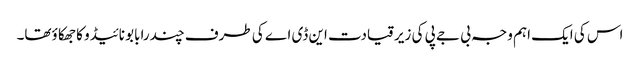
اس کی ایک اہم وجہ بی جے پی کی زیرقیادت این ڈی اے کی طرف چندرابابو نائیڈو کا جھکا ؤتھا۔